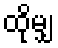
ထိုမျှ